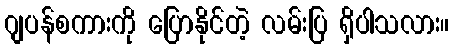
ဂျပန်စကားကို ပြောနိုင်တဲ့ လမ်းပြ ရှိပါသလား။